Report on vaccination in the Province of Bengal - 1869-1873
Year: 1869
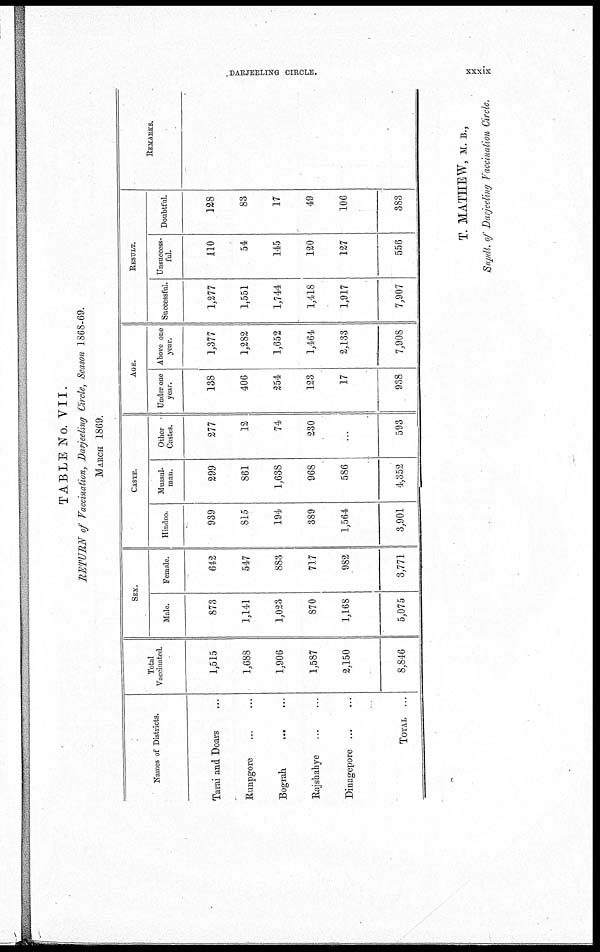
DARJEELING CIRCLE.
xxxix
TABLE No. VII.
RETURN of Vaccination, Darjeeling Circle, Season 1868-69.
MARCH 1869.
Names of Districts.
Tarai and Doars ...
Runpgore ... ...
Bograh
....
Rajshahye
...
...
Dinagepore ... ...
TOTAL ...
Total
Vaccinated.
1,515
1,688
1,906
1,587
2,150
8,846
SEX.
Male.
873
1,141
1,023
870
1,168
5,075
Female.
642
547
883
717
982
3,771
CASTE.
Hindoo.
939
815
194
389
1,564
3,901
Mussul-
man.
299
861
1,638
968
586
4,352
Other
Castes.
277
12
74
230
...
593
AGE.
Under one
year.
138
406
254
123
17
938
Above one
year.
1,377
1,282
1,652
1,464
2,133
7,908
RESULT.
Successful.
1,277
1,551
1,744
1,418
1,917
7,907
Unsuccess-
ful.
110
54
145
120
127
556
Doubtful.
128
83
17
49
106
383
REMARKS.
T. MATHEW, M. B.,
Supdt of Darjeeling Vaccination Circle.